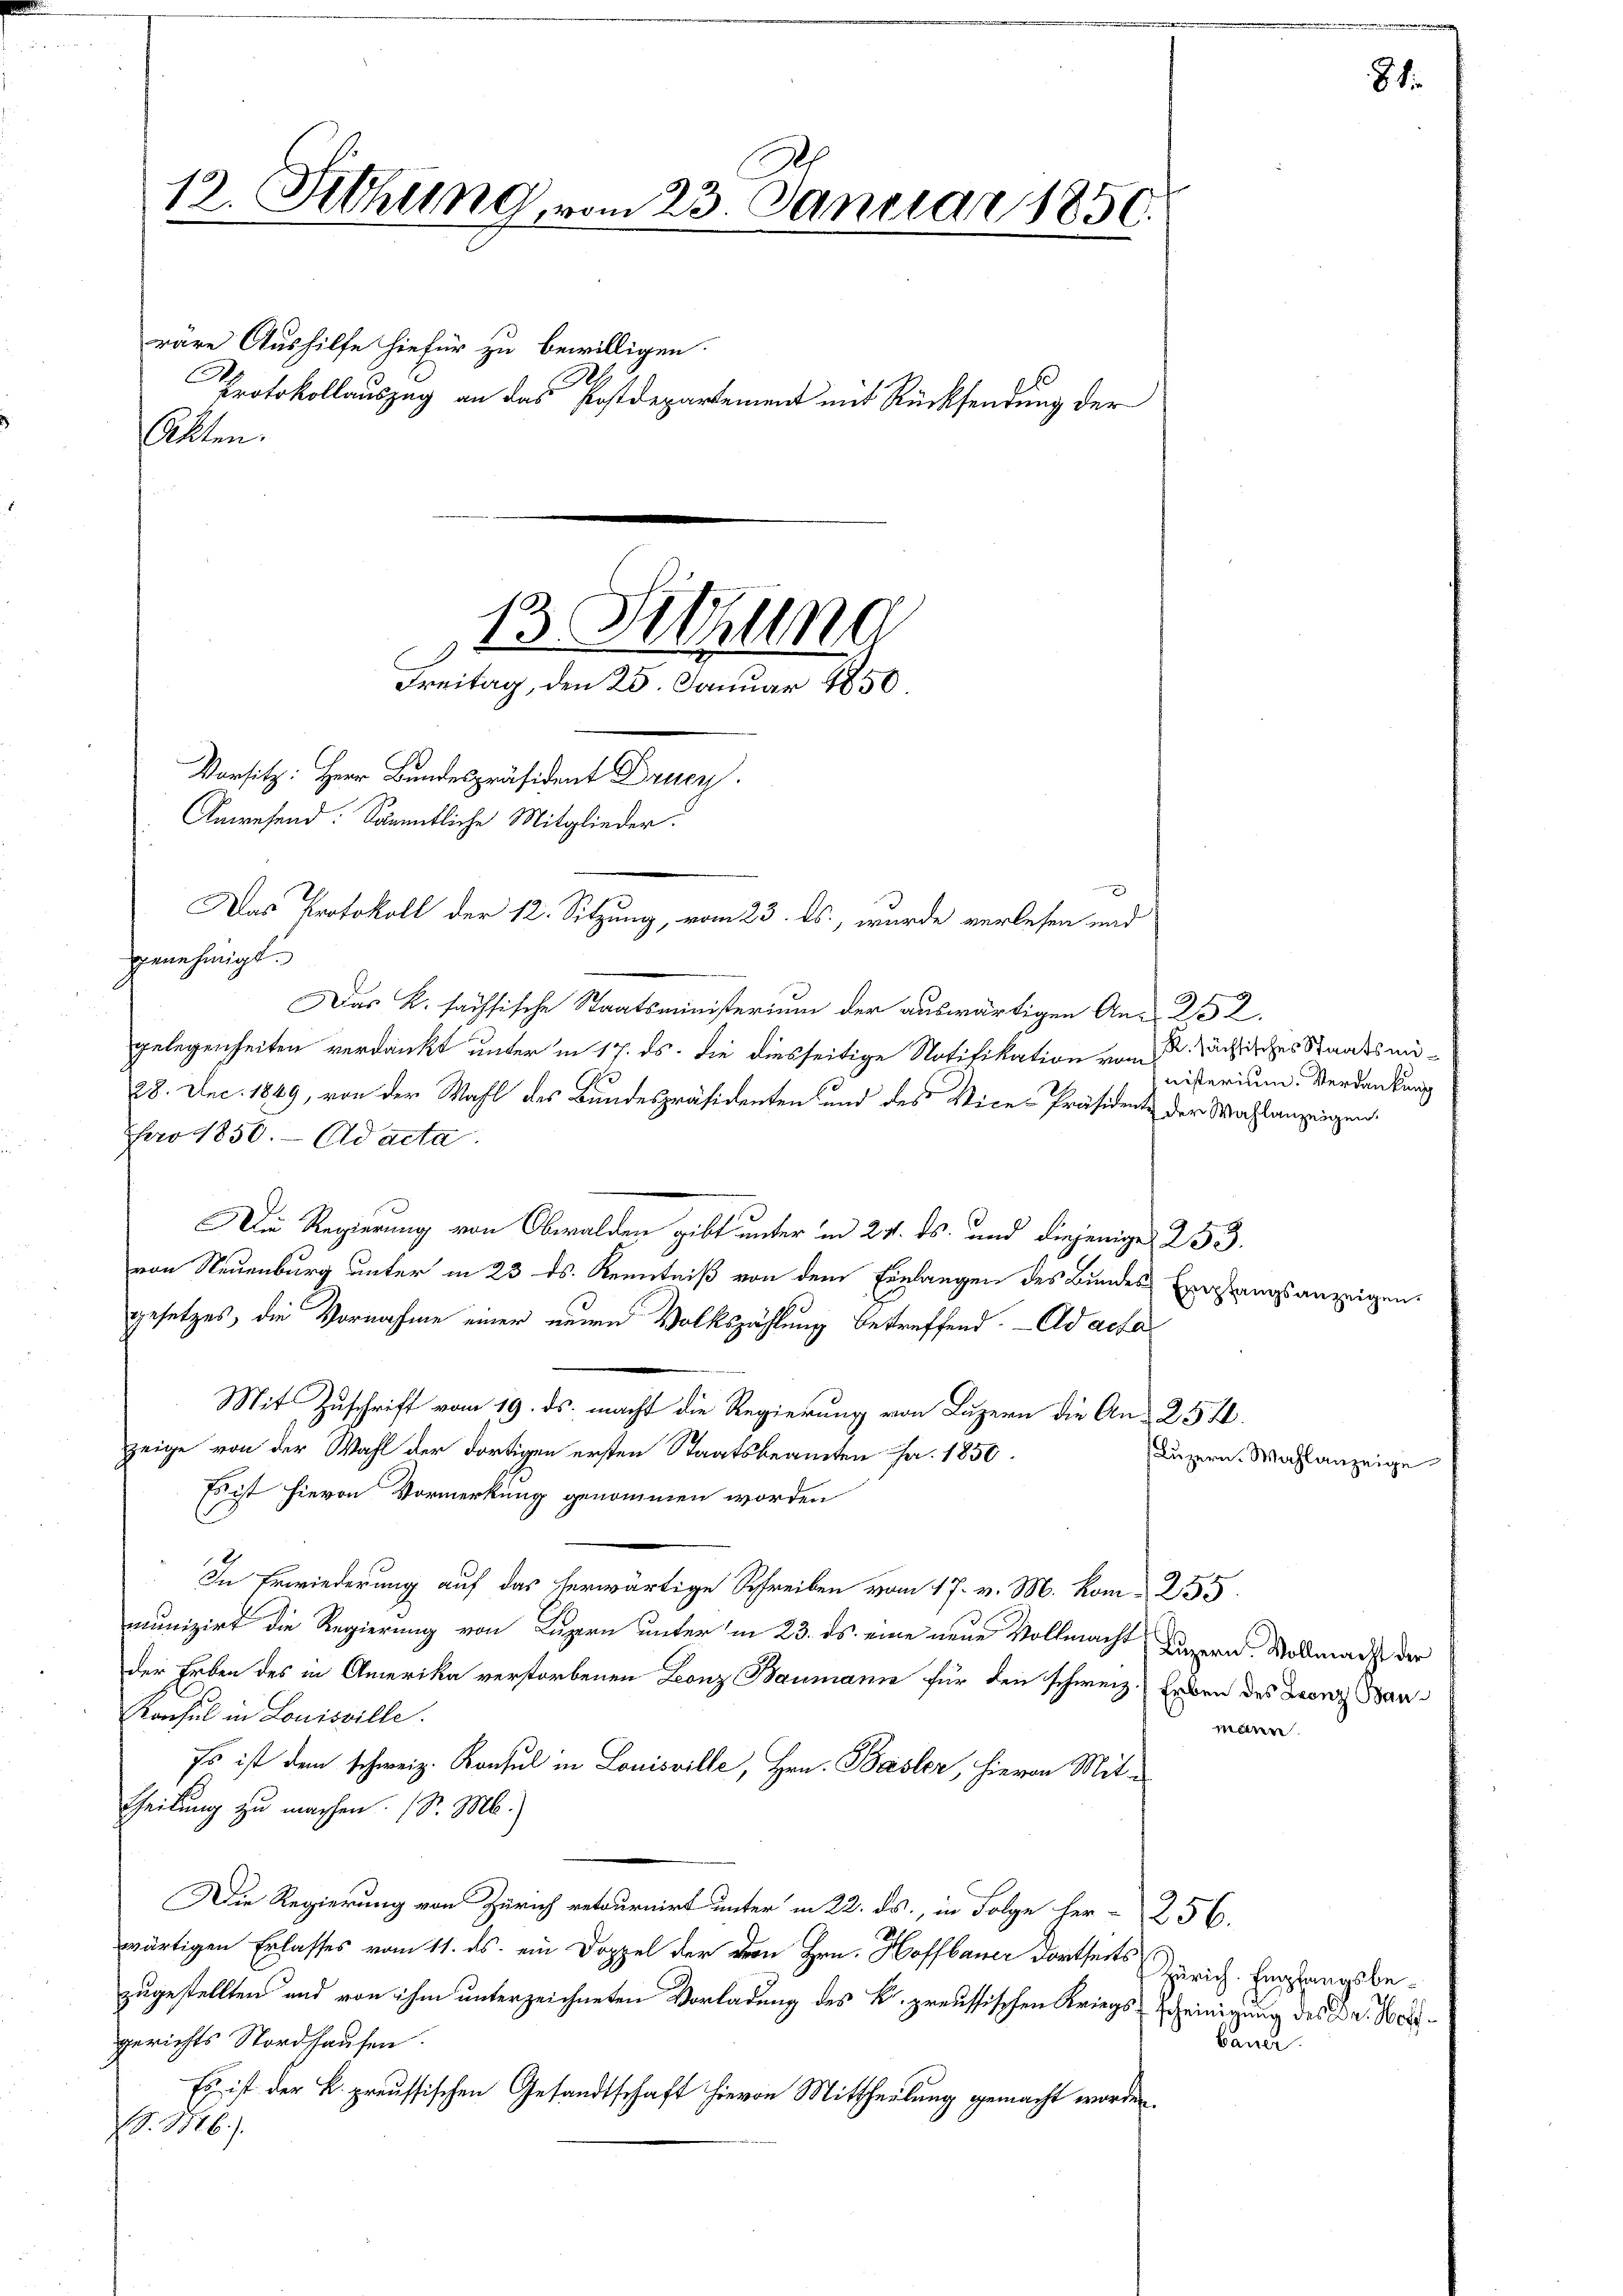
13. Sitzung vom 23. Janer

Protokollauszug an das Postdepartement mit Rücksendung der
Akten.

13. Sitzung
Freitag, den 25. Januar 1850
Das Protokoll der 12. Sitzung, vom 23. ds., wurde verlesen und
genehmigt.
Das K. sächsische Staatsministerium der auswärtigen An- 232.
gelegenheiten verdankt unter in 17. ds. die diesseitige Notifikation vom 2. Jächisches Staatsmi¬

räre Aushilfe hiefür zu bewilligen.

Vorsitz: Herr Bundespräsident Druck.
Anwesend: kanntliche Mitglieder.

S

185

28. Dec. 1849, von der Wahl des Bundespräsidenten und des Vice-Präsidente der Wahlanzeigen.
pro 1850. Ad acta
Die Regierung von Obwalden gibt unter in 24. ds. und diejenige 253.
von Neuenburg unter in 23 ds. Kenntniß von dem Einlangen des Bundesgesetzes, die Vornahme einer neuen Volkszählung betreffend. - Ad acta
Mit Zuschrift vom 19. ds. macht die Regierung von Luzern die An- 254.
zeige von der Wahl der dortigen ersten Staatsbeamten Fr. 1850.
Es ist hievon Vormerkung genommen worden
In Erwiederung auf das herwärtige Schreiben vom 17. v. M. Kom255
munizirt die Regierung von Luzern unter in 23. ds. eine neue Vollmacht Luzern. Vollmacht der
der Erben des in Amerika verstorbenen Leonz Baumann für den schweiz. Erben des Leonz Bau¬
Kaufel in Louisville.
Es ist dem schweiz. Konsul in Louisville, Hrn. Basler, hievon Mit-
Theilung zu machen. (S. M.)
Die Regierung von Zürich retournirt unter in 22. ds., in Folge her-256.
wärtigen Erlasses vom 11. ds. ein Doppel der dem Hrn. Hoffbauer dortseits
zugestellten und von ihm unterzeichneten Vorladung des K. preussischen Kriegsscheinigung des Dr. Hergerichts Nordhaufen.
Es ist der k. preussischen Gesandtschaft hievon Mittheilung gemacht worden.
SS. M.).

nisterium. Verdankung

Empfangsanzeige

Luzern. Wahlanzeige

81.

waren.

Zürich. Empfangsbe¬
Bauer.